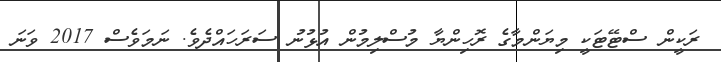
ރަކީން ސްޓޭޓަކީ މިޔަންމާގެ ރޮހިންޔާ މުސްލިމުން އުޅުނު ސަރަހައްދެވެ. ނަމަވެސް 2017 ވަނަ